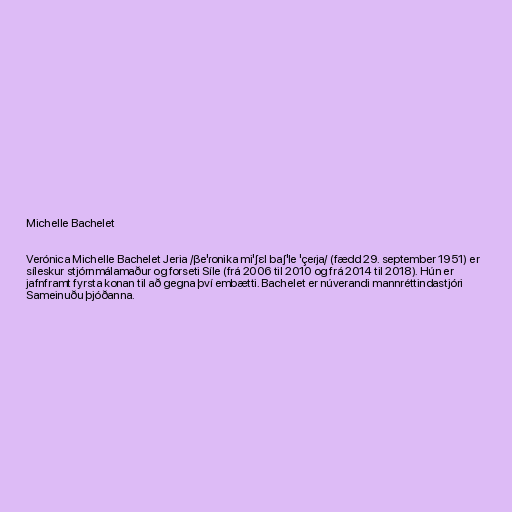
Michelle Bachelet

Verónica Michelle Bachelet Jeria /βeˈɾonika miˈʃɛl baʃˈle ˈçeɾja/ (fædd 29. september 1951) er
síleskur stjórnmálamaður og forseti Síle (frá 2006 til 2010 og frá 2014 til 2018). Hún er
jafnframt fyrsta konan til að gegna því embætti. Bachelet er núverandi mannréttindastjóri
Sameinuðu þjóðanna.